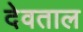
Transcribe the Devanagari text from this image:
देवताल